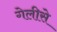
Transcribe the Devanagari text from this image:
गेलीसे